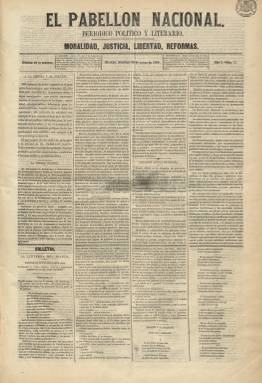
Título: El Pabellón nacional (Madrid)
Colección: Periódicos
Ámbito geográfico: Madrid
Lugar de publicación: Madrid
Fechas: 29/01/1865-19/10/1890

Diario adscrito al liberalismo moderado, que comienza a publicarse el 29 de enero de 1865 con el subtítulo “periódico político y literario” y estampando bajo su cabecera los lemas “moralidad, justicia, libertad, reformas”, que poco después desaparecerán de su título. Su fundador, propietario y director es Antonio Rivera y Vázquez, aunque durante el año 1866 lo dirigirá el jurista y periodista Manuel Pérez de Molina. Siguiendo el formato de la época sus entregas serán de cuatro páginas compuestas a cuatro columnas, tamaño que irá aumentando, así como sus columnas, que llegan a ser cinco.

Se caracteriza por ser de tipo noticioso, aunque en su primera plana da cabida al artículo doctrinal o editorial, contando con servicio telegráfico para las noticias del extranjero y secciones como Gacetilla, Provincias, Noticias políticas, Comercial (cotizaciones de bolsa), Santoral (cultos), Espectáculos (cartelera teatral), Parte oficial (legislación) o Rumores (comentarios sueltos). Publica también diariamente un folletín y la última plana la dedica a Sección de anuncios, que la ocupará prácticamente toda. De entre los diarios de la capital será de los que menos paguen por el impuesto del timbre, por lo que sus tiradas no debieron ser muy altas.

Si al principio aparece indicado como editor responsable El Conde de Maule, en 1868 lo era Manuel María del Valle, y llevando entonces el subtítulo de “diario político, científico y literario”, tras la Septembrina y publicar el número 1.105 el catorce de octubre, el día 16 imprime una hoja en la que señala que “circunstancias accidentales, independientes de la política, hacen que suspendamos la publicación de este periódico”, anunciando que pronto se editará un diario equivalente bajo el título El Constituyente, inspirado en el espíritu liberal y el principio de la voluntad nacional, pero bajo preceptos sociales conservadores, del que nada se sabe.

Tras el golpe militar del general Arsenio Martínez Campos, que abre el periodo de la Restauración, reaparece El Pabellón nacional, manteniendo, aunque por pocos días, el subtítulo que había tenido en su primera etapa. Empieza así su “segunda época”, el uno de febrero de 1875, siguiendo la secuencia interrumpida en octubre de 1868, con el número 1.106, y un “Viva el Rey” en su artículo de presentación. El cuatro de octubre adopta el subtítulo “diario político independiente” y señala que, por el momento, “realizado nuestro ideal político”, solo será un “periódico alfonsista”. Aun así, durante los primeros años de su nueva andadura sufrirá algunas suspensiones gubernamentales (véase su edición del once de abril de 1877).

Seguirá siendo un periódico de noticias, pero también con una Sección editorial y una Crónica parlamentaria. De nuevo está compuesto a cuatro columnas e irá variando el subtítulo: en 1878, era “órgano del Partido Moderado”; en 1881, “diario de la mañana”, y, en 1886, “diario liberal”. La colección de este título en la Biblioteca Nacional de España acaba con su entrega número 7.999, correspondiente al 19 de octubre de 1890.